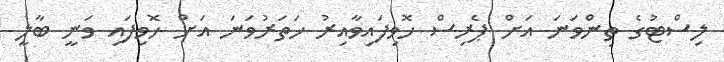
ލިސްޓުގެ ތިންވަނަ އަށް ޕެރިސް ހޮވިފައިވާއިރު ހަތަރުވަނަ އަށް ހޮވިފައި ވަނީ ބާލީ